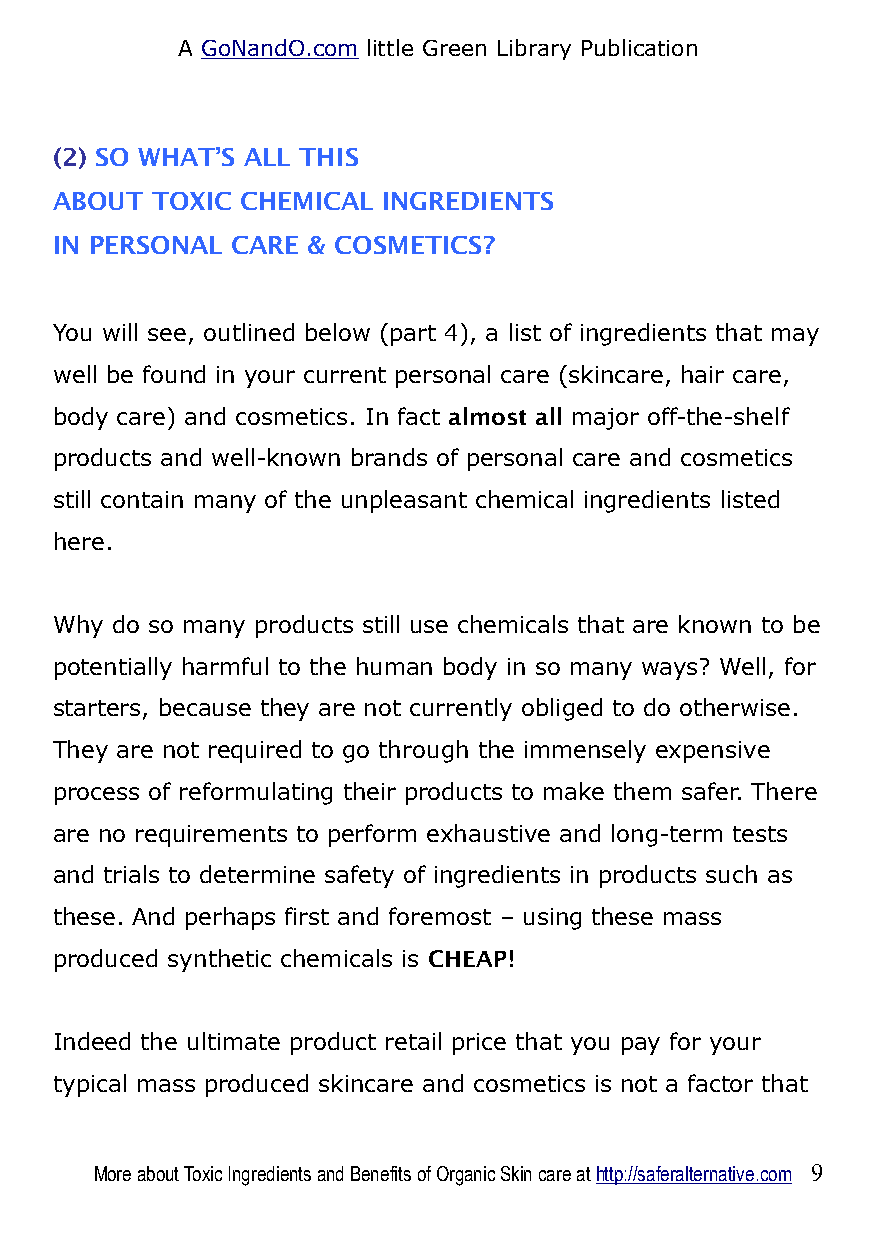
A GoNandO.com little Green Library Publication
 (2) SO WHAT’S ALL THIS
 ABOUT TOXIC CHEMICAL INGREDIENTS
 IN PERSONAL CARE & COSMETICS?
 You will see, outlined below (part 4), a list of ingredients that may
 well be found in your current personal care (skincare, hair care,
 body care) and cosmetics. In fact almost all major off-the-shelf
 products and well-known brands of personal care and cosmetics
 still contain many of the unpleasant chemical ingredients listed
 here.
 Why do so many products still use chemicals that are known to be
 potentially harmful to the human body in so many ways? Well, for
 starters, because they are not currently obliged to do otherwise.
 They are not required to go through the immensely expensive
 process of reformulating their products to make them safer. There
 are no requirements to perform exhaustive and long-term tests
 and trials to determine safety of ingredients in products such as
 these. And perhaps first and foremost – using these mass
 produced synthetic chemicals is CHEAP!
 Indeed the ultimate product retail price that you pay for your
 typical mass produced skincare and cosmetics is not a factor that
 More about Toxic Ingredients and Benefits of Organic Skin care at http://saferalternative.com 9